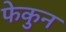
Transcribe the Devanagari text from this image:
फेकुन